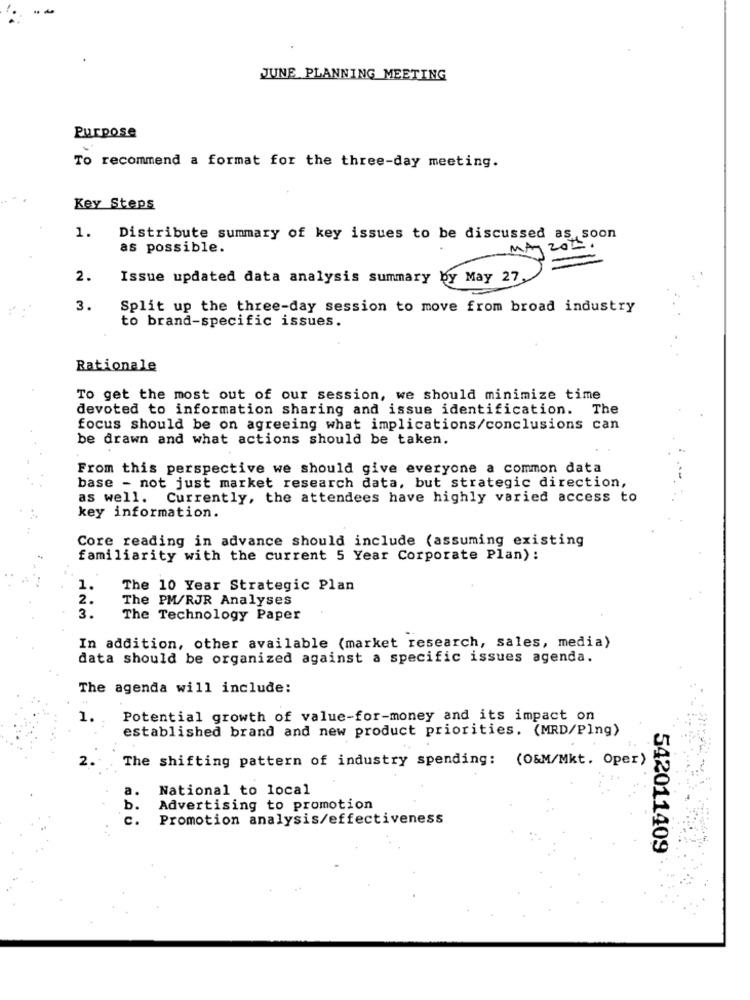
JUNE PLANNING MEETING
Purpose
To recommend a format for the three-day meeting.
Key Steps
1.
Distribute summary of key issues to be discussed as soon
as possible.
2.
Issue updated data analysis summary by May 27,
3.
Split up the three-day session to move from broad industry
to brand-specific issues.
Rationale
To get the most out of our session, we should minimize time
devoted to information sharing and issue identification. The
focus should be on agreeing what implications/conclusions can
be drawn and what actions should be taken.
From this perspective we should give everyone a common data
base - not just market research data, but strategic direction,
as well. Currently, the attendees have highly varied access to
key information.
Core reading in advance should include (assuming existing
familiarity with the current 5 Year Corporate Plan):
1.
The 10 Year Strategic Plan
2.
The PM/RJR Analyses
3 .
The Technology Paper
In addition, other available (market research, sales, media)
data should be organized against a specific issues agenda.
The agenda will include:
1.
Potential growth of value-for-money and its impact on
established brand and new product priorities. (MRD/Plng)
2.
The shifting pattern of industry spending: (O&M/Mkt. Oper)
a.
National to local
b .
Advertising to promotion
c.
Promotion analysis/effectiveness
542011409